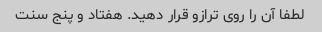
لطفا آن را روی ترازو قرار دهید. هفتاد و پنج سنت